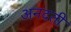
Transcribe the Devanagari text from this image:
अनदती